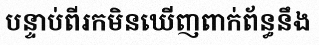
បន្ទាប់ពីរកមិនឃើញពាក់ព័ន្ធនឹង